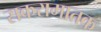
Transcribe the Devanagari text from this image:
सकरामातक